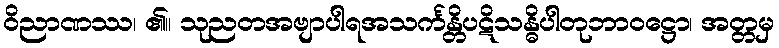
ဝိညာဏဿ၊ ၏။ သုညတအဗျာပါရအသင်္ကန္တိပဋိသန္ဓိပါတုဘာဝဋ္ဌော၊ အတ္တမှ